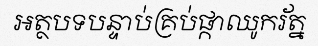
អត្ថបទបន្ទាប់គ្រប់ផ្កាឈូករ័ត្ន